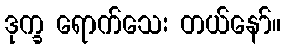
ဒုက္ခ ရောက်သေး တယ်နော်။